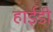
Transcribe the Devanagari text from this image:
हाईडी